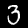
Digit: 3